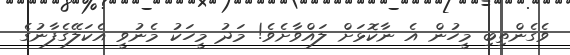
ވެގެންތިބި މީހުން އެ ނާކޮޅަށް ލައްވާށެވެ! މަދު މީހަކު މެނުވީ އެކަލޭގެފާނުގެ